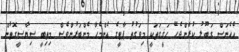
އެހެނަސް ގަބޫލު ކުރާންޖެހޭ ހަޤީގަތަކީ މިވަގުތު ޕާޓީގެ އެންމެހާ މެންބަރުންވެސް މިތިބީ ސިޔާސީގޮތުން